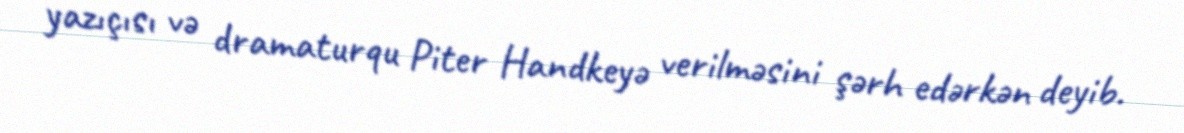
yazıçısı və dramaturqu Piter Handkeyə verilməsini şərh edərkən deyib.